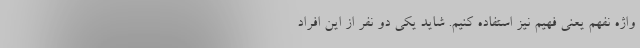
واژهٔ نفهم یعنی فهیم نیز استفاده کنیم. شاید یکی دو نفر از این افراد